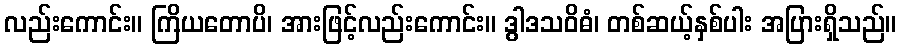
လည်းကောင်း။ ကြိယတောပိ၊ အားဖြင့်လည်းကောင်း။ ဒွါဒသဝိဓံ၊ တစ်ဆယ့်နှစ်ပါး အပြားရှိသည်။